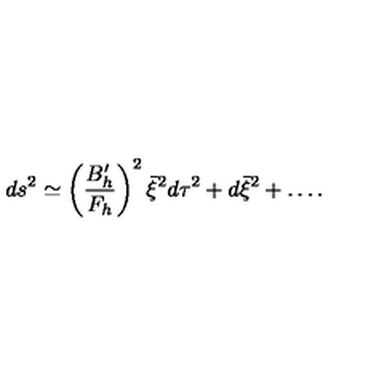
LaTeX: d s ^ { 2 } \simeq \left( { \frac { B _ { h } ^ { \prime } } { F _ { h } } } \right) ^ { 2 } \bar { \xi } ^ { 2 } d \tau ^ { 2 } + d \bar { \xi } ^ { 2 } + \dots .